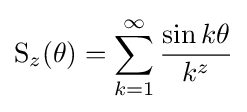
\operatorname {S} _{z}(\theta )=\sum _{k=1}^{\infty }{\frac {\sin k\theta }{k^{z}}}